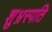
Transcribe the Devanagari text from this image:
शुभ्रस्पति